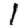
Digit: 1